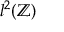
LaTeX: l ^ { 2 } ( \mathbb { Z } )